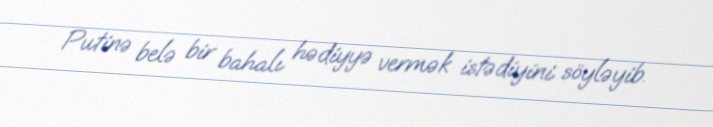
Putinə belə bir bahalı hədiyyə vermək istədiyini söyləyib.